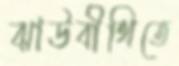
ঝাউবীথিতে